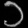
Digit: ၁